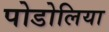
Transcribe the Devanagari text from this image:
पोडोलिया